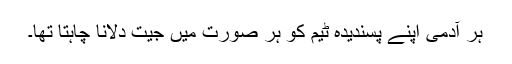
ہر آدمی اپنے پسندیدہ ٹیم کو ہر صورت میں جیت دلانا چاہتا تھا۔